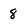
Character: 8